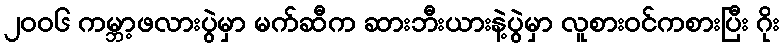
၂ဝဝ၆ ကမ္ဘာ့ဖလားပွဲမှာ မက်ဆီက ဆားဘီးယားနဲ့ပွဲမှာ လူစားဝင်ကစားပြီး ဂိုး